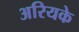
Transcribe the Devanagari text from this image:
अरियके